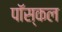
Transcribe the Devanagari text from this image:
पॉस्कल